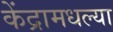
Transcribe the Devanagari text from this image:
केंद्रामधल्या